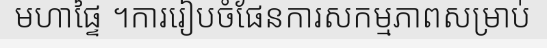
មហាផ្ទៃ ។ការរៀបចំផែនការសកម្មភាពសម្រាប់